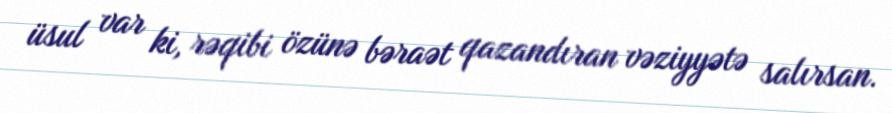
üsul var ki, rəqibi özünə bəraət qazandıran vəziyyətə salırsan.